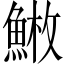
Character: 𩸳